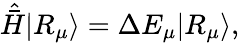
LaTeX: \hat{\bar{H}}|R_{\mu}\rangle=\Delta E_{\mu}|R_{\mu}\rangle,